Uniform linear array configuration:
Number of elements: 12
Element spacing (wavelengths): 0.25
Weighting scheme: blackman
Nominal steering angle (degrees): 60
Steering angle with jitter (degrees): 60.769
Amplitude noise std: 0.05
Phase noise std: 0.05

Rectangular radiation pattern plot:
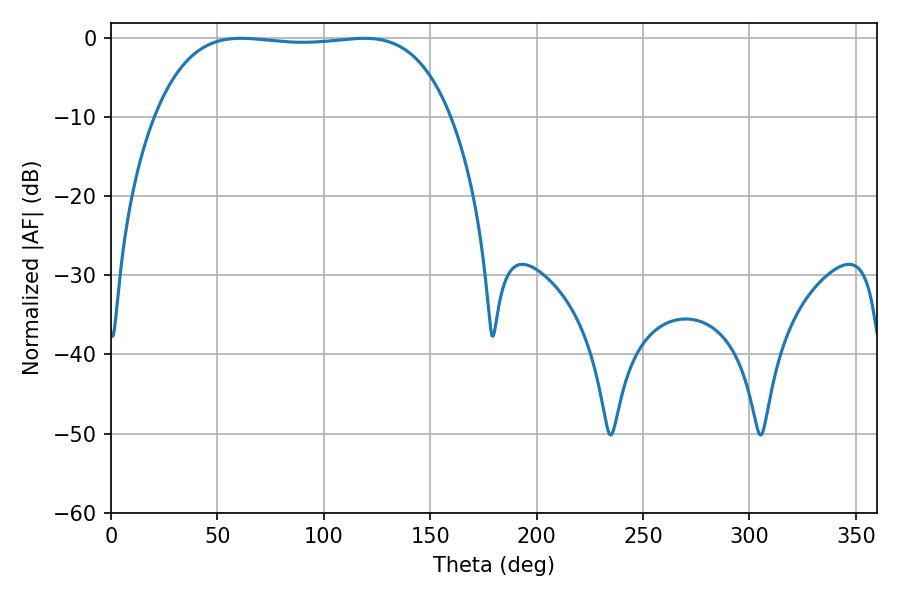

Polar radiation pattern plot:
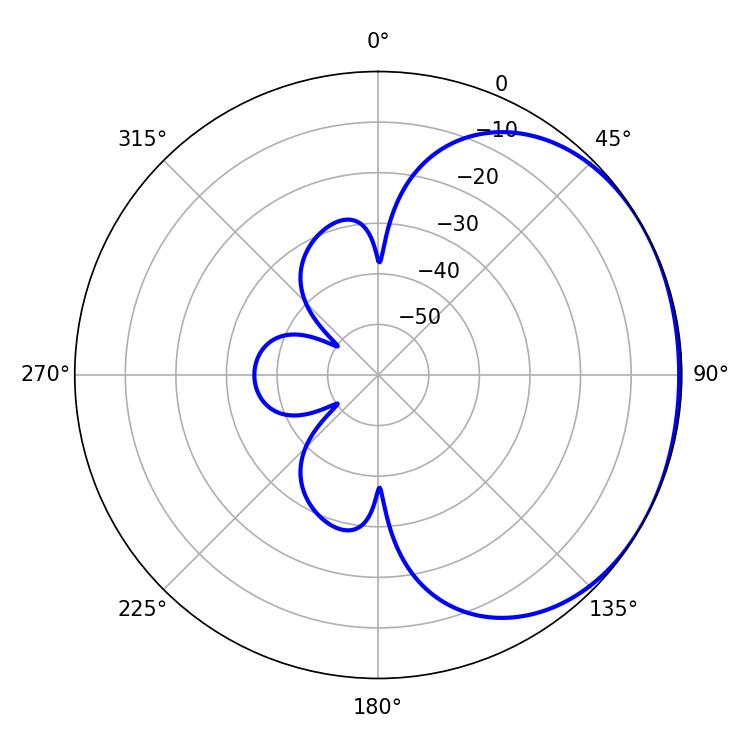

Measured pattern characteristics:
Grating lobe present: FALSE
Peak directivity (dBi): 1.1
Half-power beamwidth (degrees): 109.44
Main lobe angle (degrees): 61.02